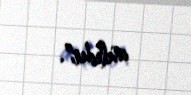
asılıdır".